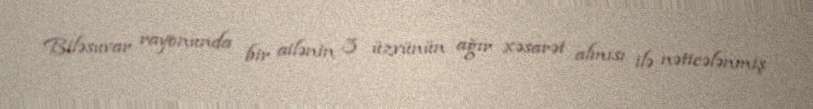
Biləsuvar rayonunda bir ailənin 3 üzvünün ağır xəsarət almısı ilə nəticələnmiş